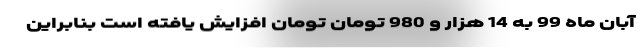
آبان ماه 99 به 14 هزار و 980 تومان تومان افزایش یافته است بنابراین